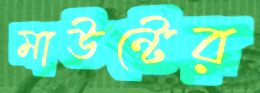
মাউন্টের